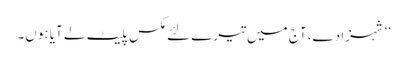
’’شہزادے، آج میں تیرے لئے مکس پلیٹ لے آیا ہوں۔